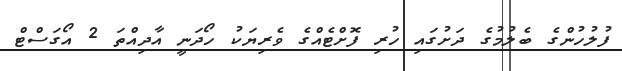
ފުލުހުންގެ ބެލުމުގެ ދަށުގައި ހުރި ފޮށްޓެއްގެ ވެރިޔަކު ހޯދަނީ އާދިއްތަ 2 އޯގަސްޓް